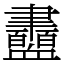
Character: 衋